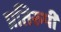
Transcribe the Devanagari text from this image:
प्रतिरुपी